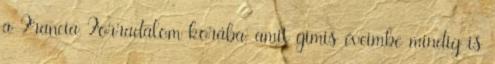
a Francia Forradalom korába, amit gimis éveimbe mindig is